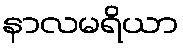
နာလမရိယာ